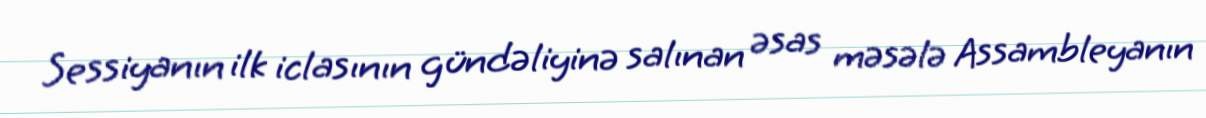
Sessiyanın ilk iclasının gündəliyinə salınan əsas məsələ Assambleyanın